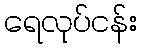
ရေလုပ်ငန်း